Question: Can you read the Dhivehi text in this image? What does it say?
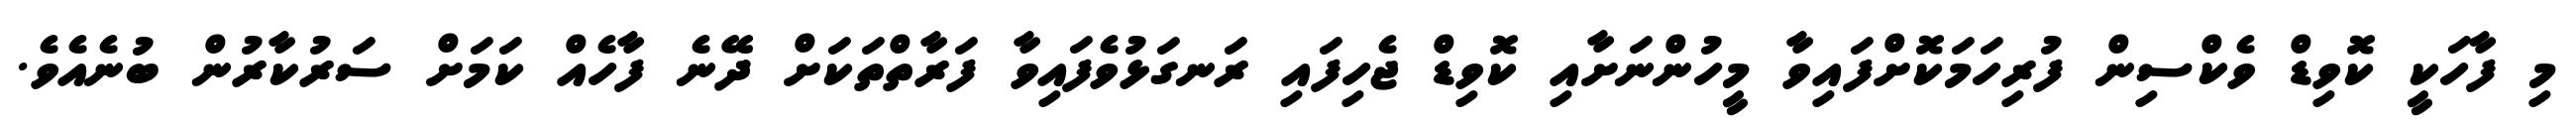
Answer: މި ފާހަކީ ކޮވިޑް ވެކްސިން ފުރިހަމަކޮށްފައިވާ މީހުންނަށާއި ކޮވިޑް ޖެހިފައި ރަނގަޅުވެފައިވާ ފަރާތްތަކަށް ދޭނެ ފާހެއް ކަމަށް ސަރުކާރުން ބުނެއެވެ.